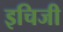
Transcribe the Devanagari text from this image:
इचिजी